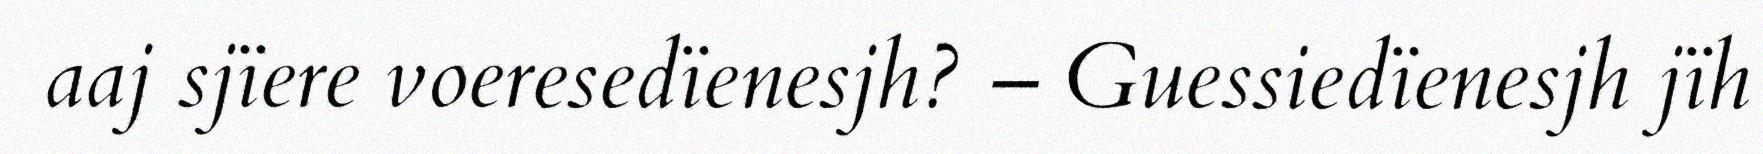
aaj sjïere voeresedïenesjh? – Guessiedïenesjh jïh